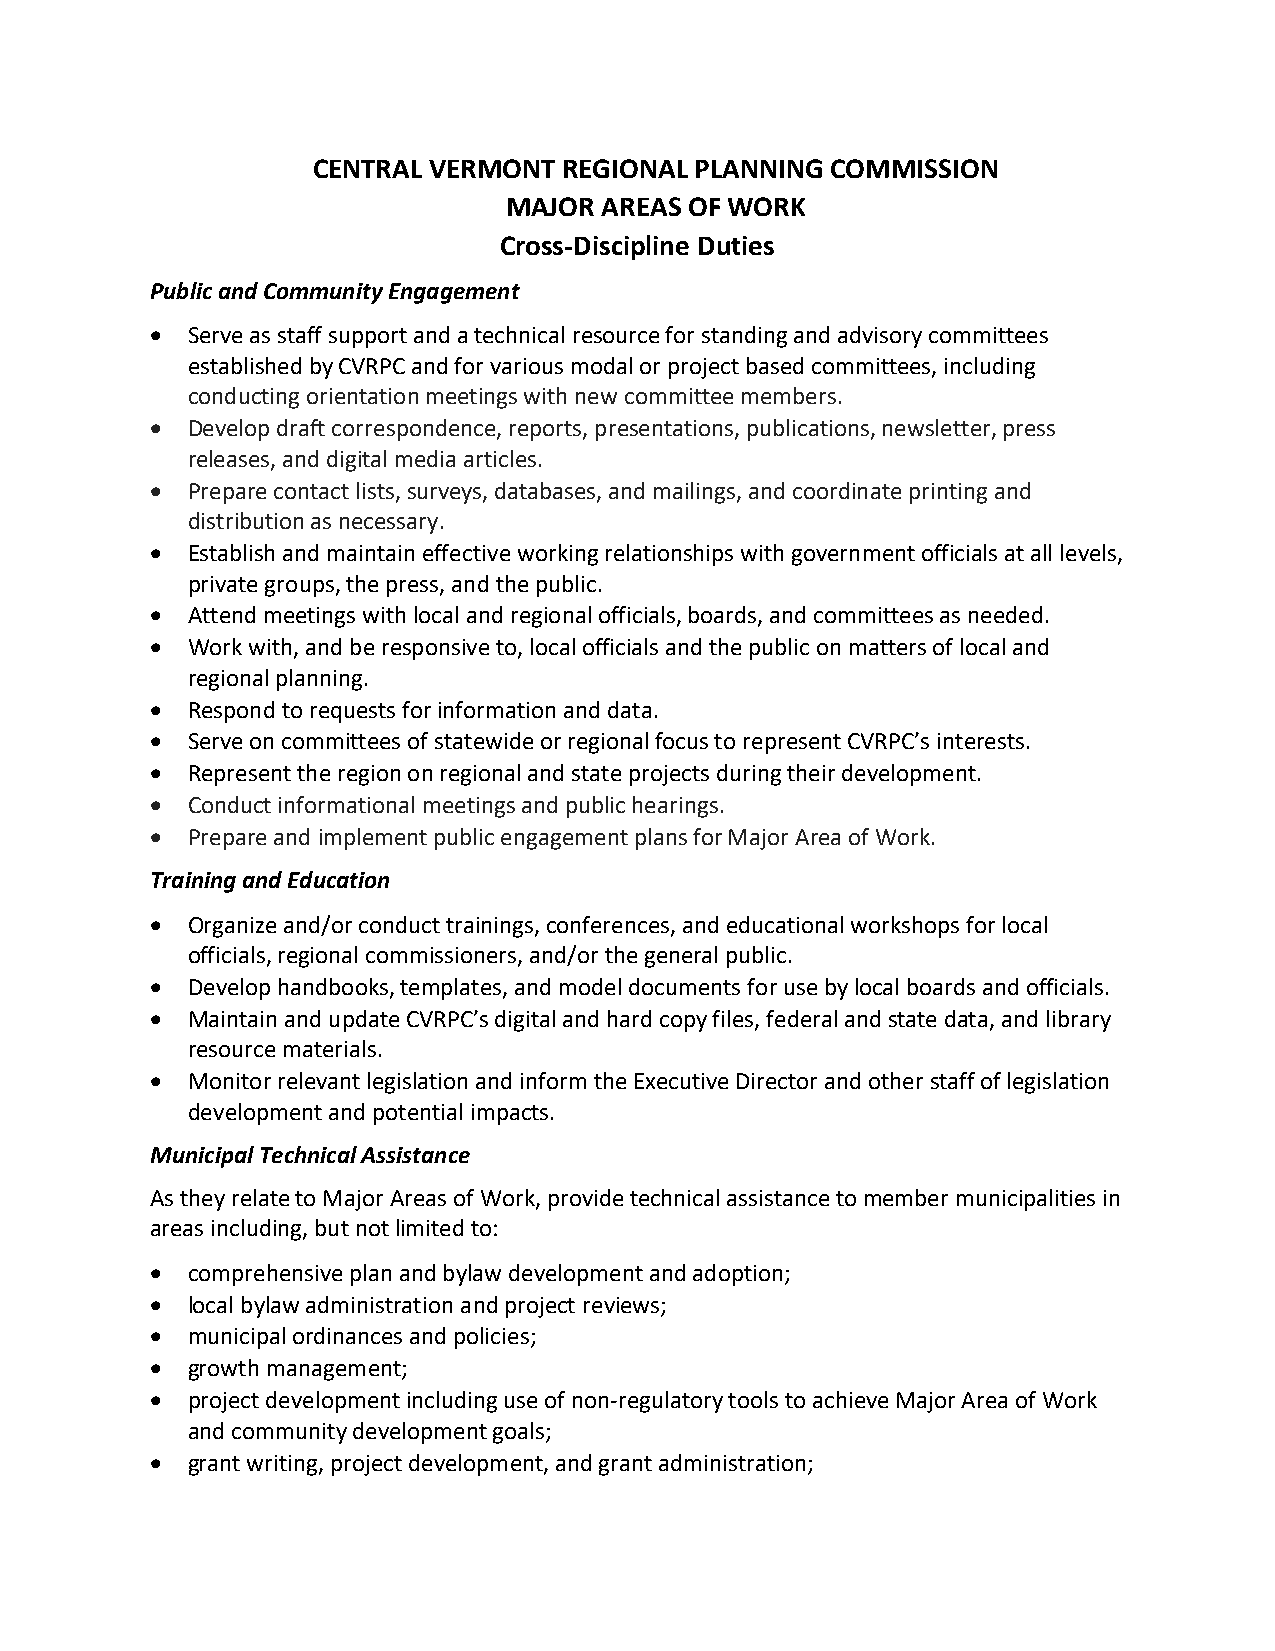
CENTRAL VERMONT REGIONAL PLANNING COMMISSION
 MAJOR AREAS OF WORK
 Cross-Discipline Duties
 Public and Community Engagement
  Serve as staff support and a technical resource for standing and advisory committees
 established by CVRPC and for various modal or project based committees, including
 conducting orientation meetings with new committee members.
  Develop draft correspondence, reports, presentations, publications, newsletter, press
 releases, and digital media articles.
  Prepare contact lists, surveys, databases, and mailings, and coordinate printing and
 distribution as necessary.
  Establish and maintain effective working relationships with government officials at all levels,
 private groups, the press, and the public.
  Attend meetings with local and regional officials, boards, and committees as needed.
  Work with, and be responsive to, local officials and the public on matters of local and
 regional planning.
  Respond to requests for information and data.
  Serve on committees of statewide or regional focus to represent CVRPC’s interests.
  Represent the region on regional and state projects during their development.
  Conduct informational meetings and public hearings.
  Prepare and implement public engagement plans for Major Area of Work.
 Training and Education
  Organize and/or conduct trainings, conferences, and educational workshops for local
 officials, regional commissioners, and/or the general public.
  Develop handbooks, templates, and model documents for use by local boards and officials.
  Maintain and update CVRPC’s digital and hard copy files, federal and state data, and library
 resource materials.
  Monitor relevant legislation and inform the Executive Director and other staff of legislation
 development and potential impacts.
 Municipal Technical Assistance
 As they relate to Major Areas of Work, provide technical assistance to member municipalities in
 areas including, but not limited to:
  comprehensive plan and bylaw development and adoption;
  local bylaw administration and project reviews;
  municipal ordinances and policies;
  growth management;
  project development including use of non-regulatory tools to achieve Major Area of Work
 and community development goals;
  grant writing, project development, and grant administration;